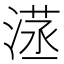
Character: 𣺜